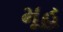
મૂહ